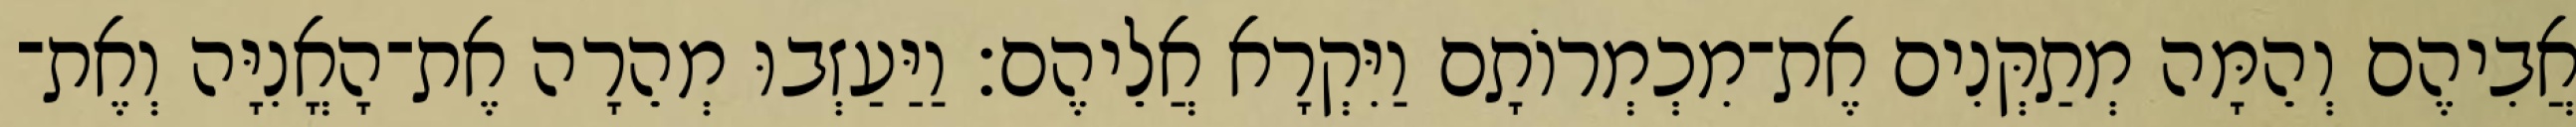
אֲבִיהֶם וְהֵמָּה מְתַקְּנִים אֶת־מִכְמְרוֹתָם וַיִּקְרָא אֲלֵיהֶם׃ וַיַּעַזְבוּ מְהֵרָה אֶת־הָאֳנִיָּה וְאֶת־